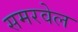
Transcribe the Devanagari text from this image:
समरवेल